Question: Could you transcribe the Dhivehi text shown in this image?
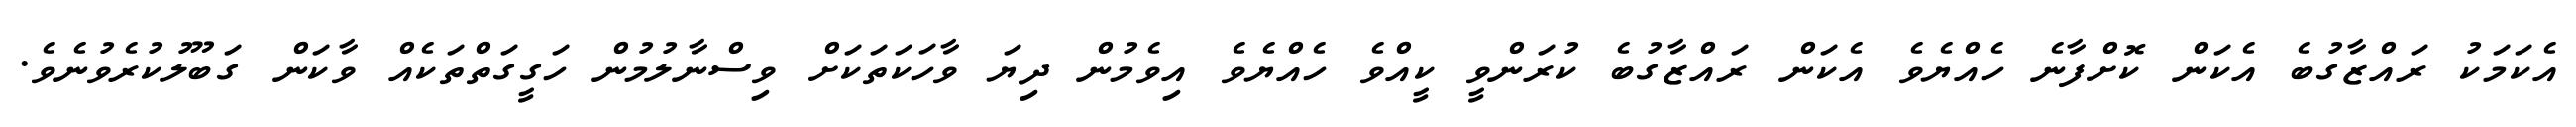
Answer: އެކަމަކު ރައްޒާގުބެ އެކަން ކޮށްފާނެ ހެއްޔެވެ އެކަން ރައްޒާގުބެ ކުރަންވީ ކީއްވެ ހެއްޔެވެ އިވެމުން ދިޔަ ވާހަކަތަކަށް ވިސްނާލުމުން ހަގީގަތްތަކެއް ވާކަން ގަބޫލުކުރެވުނެވެ.